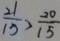
\frac { 2 1 } { 1 5 } > \frac { 2 0 } { 1 5 }